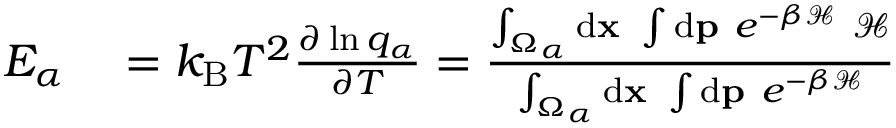
\begin{array} { r l } { E _ { \alpha } } & { { } = k _ { \mathrm { B } } T ^ { 2 } \frac { \partial \ln q _ { \alpha } } { \partial T } = \frac { \int _ { \Omega _ { \alpha } } \ensuremath { \mathrm { d } } \ensuremath { \mathbf { x } } \ \int \ensuremath { \mathrm { d } } \ensuremath { \mathbf { p } } \ e ^ { - \beta \mathcal { H } } \ \mathcal { H } } { \int _ { \Omega _ { \alpha } } \ensuremath { \mathrm { d } } \ensuremath { \mathbf { x } } \ \int \ensuremath { \mathrm { d } } \ensuremath { \mathbf { p } } \ e ^ { - \beta \mathcal { H } } } } \end{array}